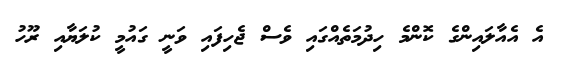
އެ އެއާލައިންގެ ކޮންމެ ހިދުމަތެއްގައި ވެސް ޖެހިފައި ވަނީ ގައުމީ ކުލަޔާއި ރޫހު